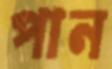
পান